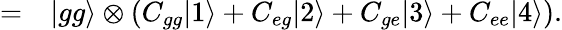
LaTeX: \begin{array}{rl}{=}&{{}|gg\rangle\otimes(C_{gg}|1\rangle+C_{eg}|2\rangle+C_{ge}|3\rangle+C_{ee}|4\rangle).}\end{array}